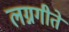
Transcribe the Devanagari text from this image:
लग्नगीते